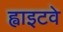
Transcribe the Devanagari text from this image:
ह्वाइटवे